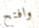
وافتح